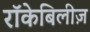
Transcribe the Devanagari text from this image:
रॉकेबिलीज़